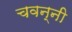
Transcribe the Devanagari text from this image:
चवन्नी